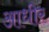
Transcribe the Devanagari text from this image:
आधीर